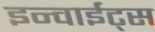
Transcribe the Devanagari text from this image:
इन्वाईट्स